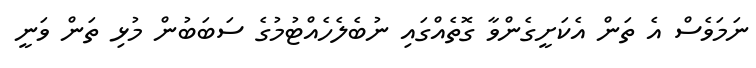
ނަމަވެސް އެ ތަން އެކަށީގެންވާ ގޮތެއްގައި ނުބެލެހެއްޓުމުގެ ސަބަބުން މުޅި ތަން ވަނީ